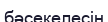
бәсекелесін